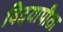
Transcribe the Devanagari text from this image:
विदयापीठा